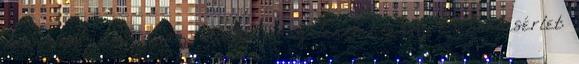
munkád nem is, az irodád még lehet klassz Emberkísérlet: